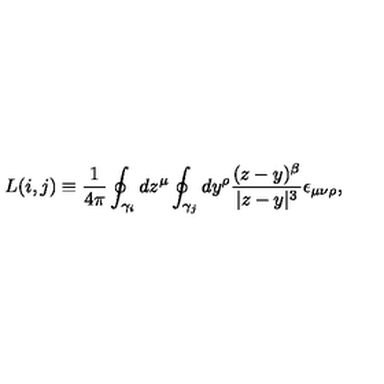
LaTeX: L ( i , j ) \equiv \frac 1 { 4 \pi } \oint _ { \gamma _ { i } } d z ^ { \mu } \oint _ { \gamma _ { j } } d y ^ { \rho } \frac { ( z - y ) ^ { \beta } } { | z - y | ^ { 3 } } \epsilon _ { \mu \nu \rho } ,